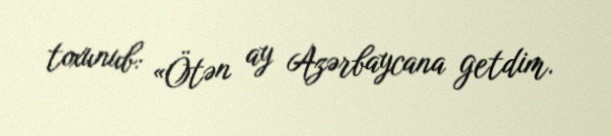
toxunub: «Ötən ay Azərbaycana getdim.